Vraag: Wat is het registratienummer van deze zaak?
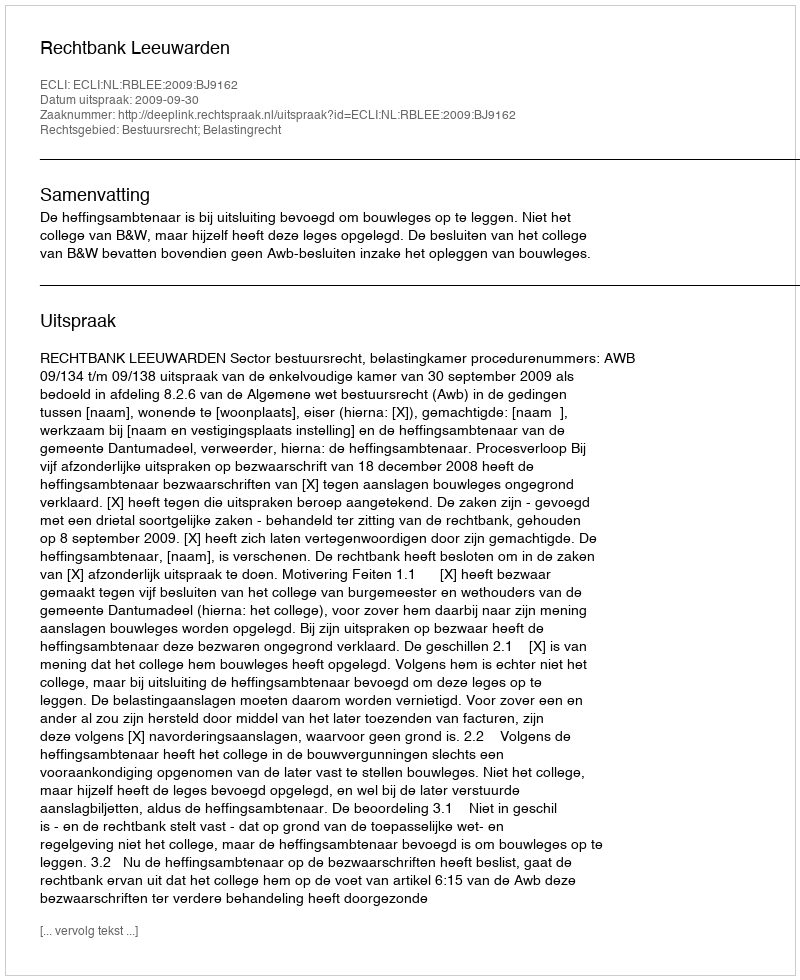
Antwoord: http://deeplink.rechtspraak.nl/uitspraak?id=ECLI:NL:RBLEE:2009:BJ9162